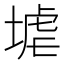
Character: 𱗒